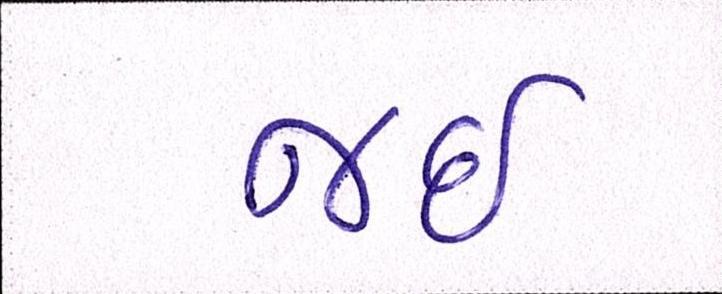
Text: જઈ